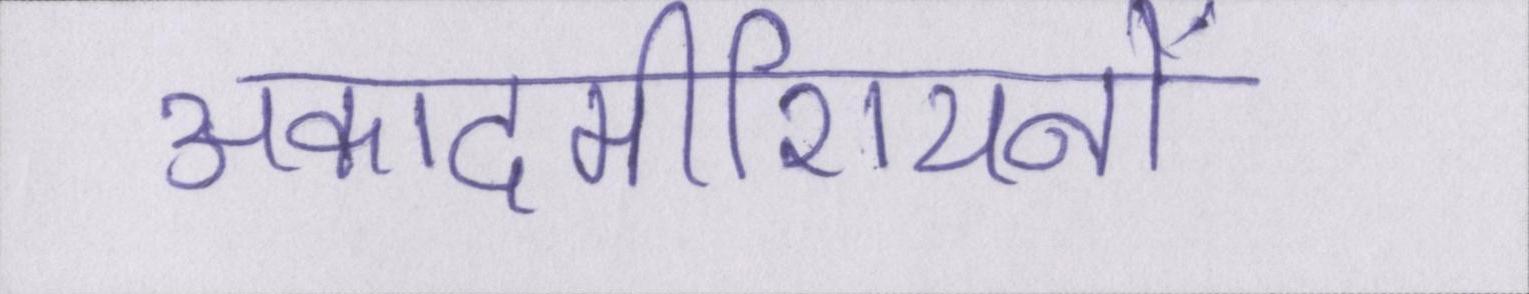
अकादमीशियनों